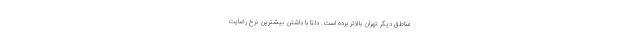
مناطق دیگر تهران بالاتر برده است. دلتا با داشتن بیشترین نرخ رضایت